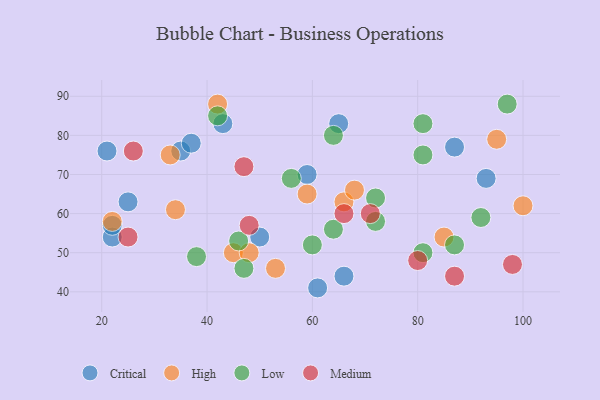
{"axis": {"x": "GDP", "y": "Life Expectancy"}, "legend": ["Critical", "High", "Low", "Medium"], "data": [{"x": "59", "y": 70, "type": "Critical"}, {"x": "93", "y": 69, "type": "Critical"}, {"x": "87", "y": 77, "type": "Critical"}, {"x": "35", "y": 76, "type": "Critical"}, {"x": "65", "y": 83, "type": "Critical"}, {"x": "66", "y": 44, "type": "Critical"}, {"x": "50", "y": 54, "type": "Critical"}, {"x": "61", "y": 41, "type": "Critical"}, {"x": "43", "y": 83, "type": "Critical"}, {"x": "22", "y": 54, "type": "Critical"}, {"x": "25", "y": 63, "type": "Critical"}, {"x": "22", "y": 57, "type": "Critical"}, {"x": "37", "y": 78, "type": "Critical"}, {"x": "21", "y": 76, "type": "Critical"}, {"x": "66", "y": 63, "type": "High"}, {"x": "85", "y": 54, "type": "High"}, {"x": "33", "y": 75, "type": "High"}, {"x": "45", "y": 50, "type": "High"}, {"x": "100", "y": 62, "type": "High"}, {"x": "95", "y": 79, "type": "High"}, {"x": "42", "y": 88, "type": "High"}, {"x": "48", "y": 50, "type": "High"}, {"x": "53", "y": 46, "type": "High"}, {"x": "34", "y": 61, "type": "High"}, {"x": "59", "y": 65, "type": "High"}, {"x": "22", "y": 58, "type": "High"}, {"x": "68", "y": 66, "type": "High"}, {"x": "64", "y": 56, "type": "Low"}, {"x": "64", "y": 80, "type": "Low"}, {"x": "47", "y": 46, "type": "Low"}, {"x": "56", "y": 69, "type": "Low"}, {"x": "42", "y": 85, "type": "Low"}, {"x": "60", "y": 52, "type": "Low"}, {"x": "81", "y": 50, "type": "Low"}, {"x": "92", "y": 59, "type": "Low"}, {"x": "81", "y": 83, "type": "Low"}, {"x": "72", "y": 64, "type": "Low"}, {"x": "97", "y": 88, "type": "Low"}, {"x": "87", "y": 52, "type": "Low"}, {"x": "46", "y": 53, "type": "Low"}, {"x": "38", "y": 49, "type": "Low"}, {"x": "81", "y": 75, "type": "Low"}, {"x": "72", "y": 58, "type": "Low"}, {"x": "87", "y": 44, "type": "Medium"}, {"x": "66", "y": 60, "type": "Medium"}, {"x": "48", "y": 57, "type": "Medium"}, {"x": "26", "y": 76, "type": "Medium"}, {"x": "98", "y": 47, "type": "Medium"}, {"x": "47", "y": 72, "type": "Medium"}, {"x": "71", "y": 60, "type": "Medium"}, {"x": "25", "y": 54, "type": "Medium"}, {"x": "80", "y": 48, "type": "Medium"}]}